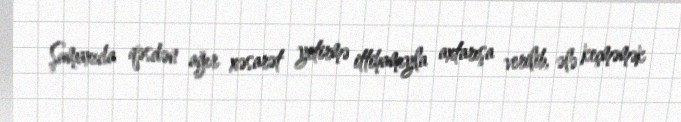
Şamaxıda qəsdən ağır xəsarət yetirmə ittihamıyla axtarışa verilib, ələ keçməmək